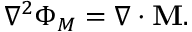
\nabla ^ { 2 } \Phi _ { M } = \nabla \cdot \mathbf { M } .